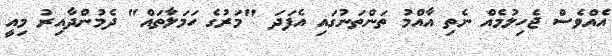
އެއްވެސް ޖެހިލުމެއް ނެތި އާއްމު ތަންތަނުގައި އެފަދަ "މަރުގެ ހަމަލާތައް" ދެމުންދާއިރު މިއީ